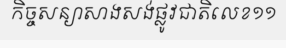
កិច្ចសន្យាសាងសង់ផ្លូវជាតិលេខ១១